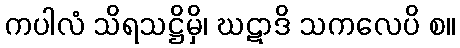
ကပါလံ သိရသဋ္ဌိမှိ၊ ဃဋာဒိ သကလေပိ စ။